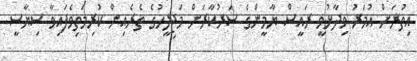
އިތުރަށް އުމަރު ވިދާޅުވީ ރައީސް ޔާމީންގެ ސަރުކާރަށް މަޖިލީހުގެ ތެރެއިން ކުރިމަތިވެފައިވާ ސިޔާސީ